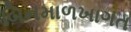
બિનમાળખાગત